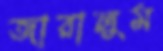
জারালুম